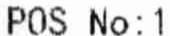
POS NO : 1